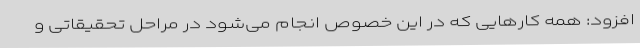
افزود: همه کارهایی که در این خصوص انجام می‌شود در مراحل تحقیقاتی و